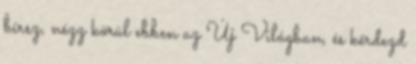
bírsz, nézz körül ebben az Új Világban, és kérdezd